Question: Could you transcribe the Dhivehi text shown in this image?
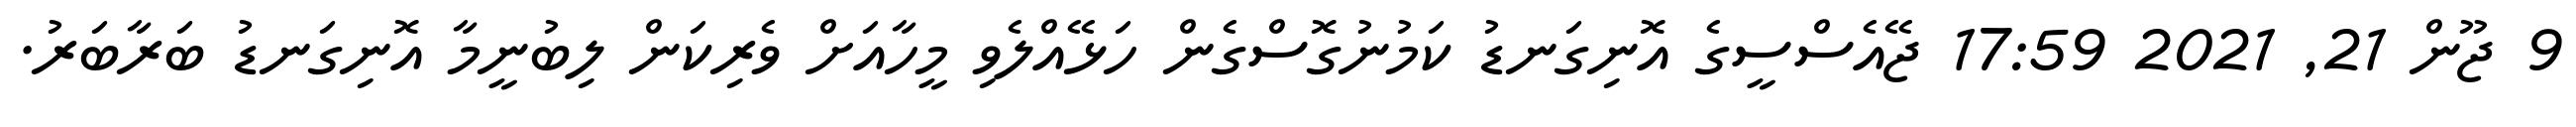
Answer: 9 ޖޫން 21, 2021 17:59 ޖޭއެސްސީގެ އޮނިގަނޑު ކަމުނުގޮސްގެން ހަޅޭއްލެވި މީހާއަށް ވެރިކަން ލިބުނީމާ އޮނިގަނޑު ބަރާބަރު.